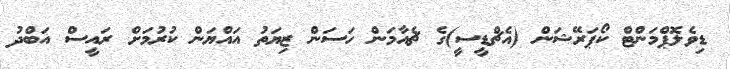
ޑިވެލޮޕްމަންޓް ކޯޕަރޭޝަން (އެޗްޑީސީ)ގެ ޗެއާމަން ހަސަން ޒިޔަތު އައްޔަން ކުރުމަށް ރައީސް އަބްދު